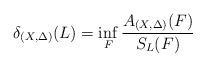
LaTeX: \begin{align*}\delta_{(X,\Delta)}(L)=\inf_F\frac{A_{(X,\Delta)}(F)}{S_L(F)}\end{align*}